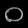
Digit: ၀